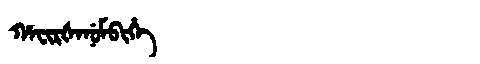
Manchu: ᡥᠠᠸᡳᡵᡧᠠᠨᡠᠮᠪᡳᡥᡝ
Romanization: HAFIRŠANUMBIHE